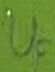
Text: UF